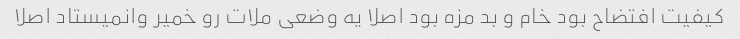
کیفیت افتضاح بود خام و بد مزه بود اصلا یه وضعی ملات رو خمیر وانمیستاد اصلا